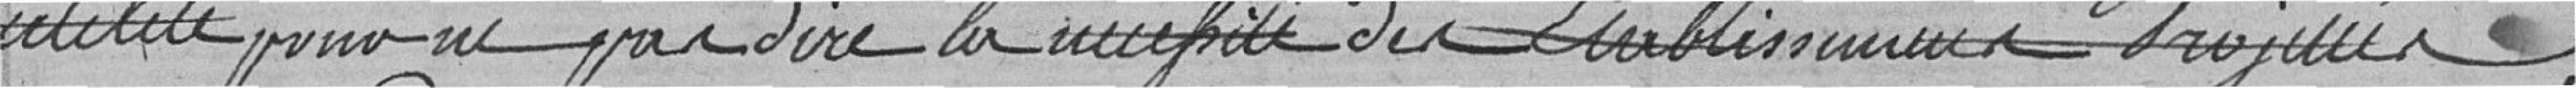
utilité pour vu par dire la ??? de l'établissement  ??? projeté